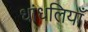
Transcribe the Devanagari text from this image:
धांधलियाँ